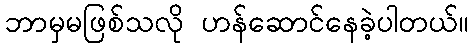
ဘာမှမဖြစ်သလို ဟန်ဆောင်နေခဲ့ပါတယ်။